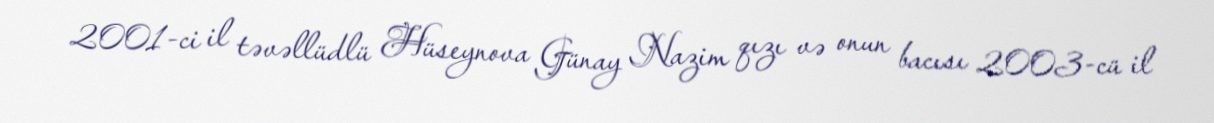
2001-ci il təvəllüdlü Hüseynova Günay Nazim qızı və onun bacısı 2003-cü il